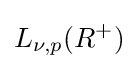
L_{\nu ,p}(R^{+})